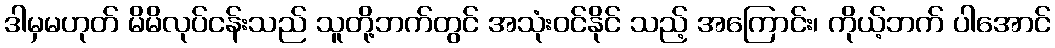
ဒါမှမဟုတ် မိမိလုပ်ငန်းသည် သူတို့ဘက်တွင် အသုံးဝင်နိုင် သည့် အကြောင်း၊ ကိုယ့်ဘက် ပါအောင်